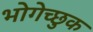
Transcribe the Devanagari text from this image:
भोगेच्छुक